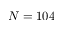
N = 1 0 4